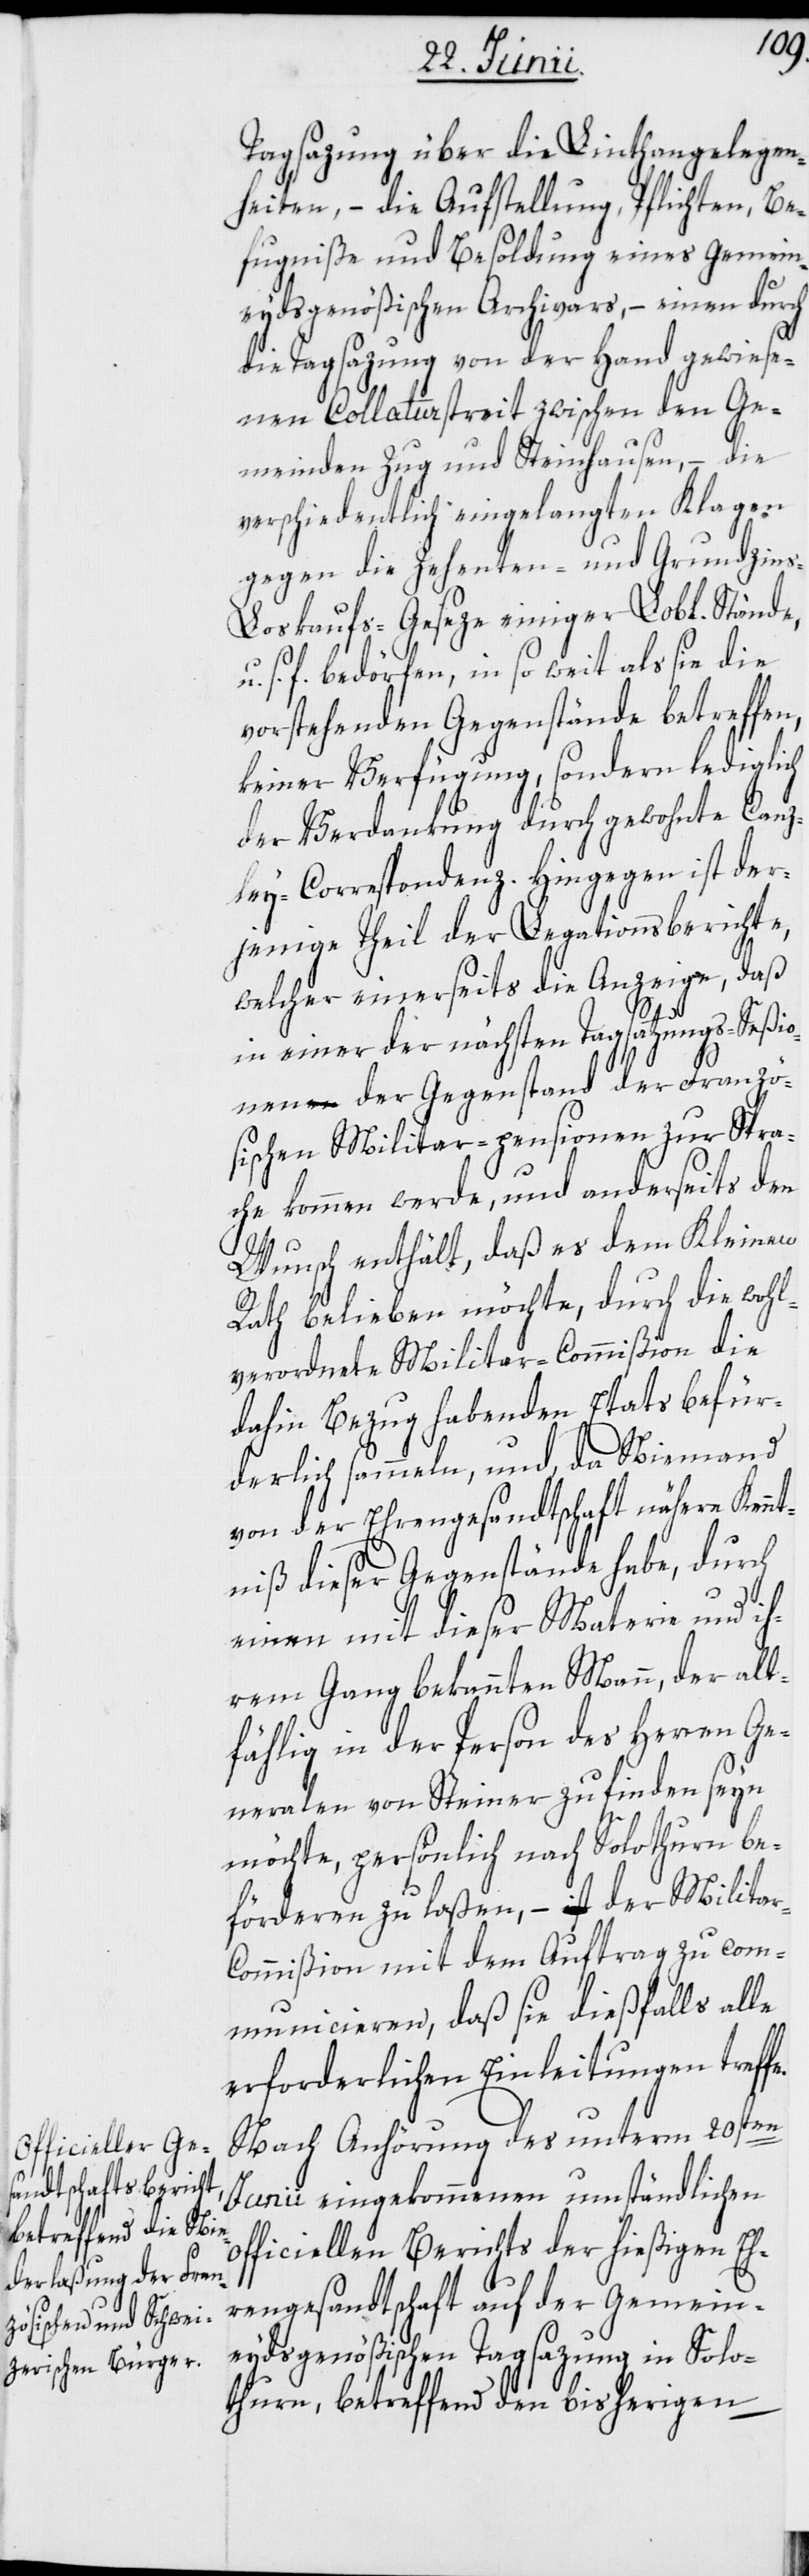
e.

Tagsazung über die Linthangelegen¬
heiten, – die Aufstellung, Pflichten, Be¬
fugniße und Besoldung eines Gemein¬
eydsgenößischen Archivars, – einen durch
die Tagsazung von der Hand gewiese¬
nen Collaturstreit zwischen den Ge¬
meinden Zug und Steinhausen, – die
verschiedentlich eingelangten Klagen
gegen die Zehenten- und Grundzin¬
s-Loskaufs-Geseze einiger Lobl. Stände,
s. f. bedörfen, in so weit als sie die
vorstehenden Gegenstände betreffen,
keiner Verfügung, sondern lediglich
der Verdankung durch gewohnte Canz¬
ley-Correspondenz. Hingegen ist der¬
jenige Theil der Legationsberichte,
welcher einerseits die Anzeige, daß
in einer der nächsten Tagsatzungs-Seßio¬
nen der Gegenstand der Franzö¬
sischen Militar-pensionen zur Spra¬
che kommen werde, und anderseits den
Wunsch enthält, daß es dem Kleinen
Rath belieben möchte, durch die wohl¬
verordnete Militar-Commißion die
dahin Bezug habenden Etats befür¬
derlich sammeln, und, da Niemand
von der Ehrengesandtschaft nähere Kennt¬
niß dieser Gegenstände habe, durch
einen mit dieser Materie und ih¬
rem Gang bekannten Mann, der all¬
fählig in der Person des Herren Ge¬
neralen von Steiner zu finden seyn
möchte, persönlich nach Solothurn be¬
förderen zu laßen, – der Milita¬
r-Commißion mit dem Auftrag zu com¬
municieren, daß sie dießfalls alle
erforderlichen Einleitungen treff¬
Nach Anhörung des unterm 20sten
Junii eingekommenen umständlichen
officiellen Berichts der hießigen Eh¬
rengesandtschaft auf der Gemein¬
eydsgenößischen Tagsazung in Solo¬
thurn, betreffend den bisherigen